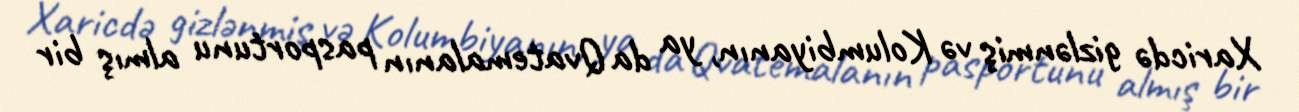
Xaricdə gizlənmiş və Kolumbiyanın, ya da Qvatemalanın pasportunu almış bir